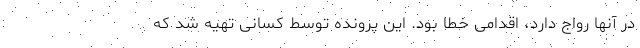
در آنها رواج دارد، اقدامی خطا بود. این پرونده توسط کسانی تهیه شد که